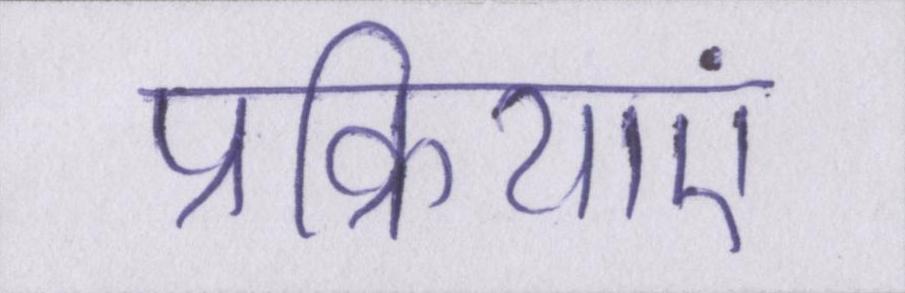
प्रक्रियाएं